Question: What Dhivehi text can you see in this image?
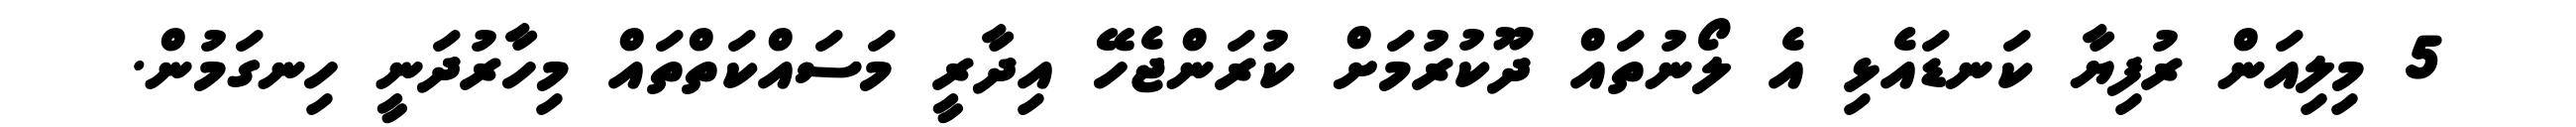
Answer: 5 މިލިއަން ރުފިޔާ ކަނޑައެޅި އެ ލޯނުތައް ދޫކުރުމަށް ކުރަންޖެހޭ އިދާރީ މަސައްކަތްތައް މިހާރުދަނީ ހިނގަމުން.